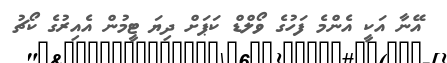
އޭނާ އަކީ އެންމެ ފަހުގެ ވޯލްޑް ކަޕަށް ދިޔަ ޓީމުން އެއިރުގެ ކޯޗު